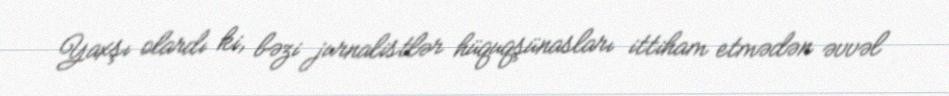
Yaxşı olardı ki, bəzi jurnalistlər hüquqşünasları ittiham etmədən əvvəl